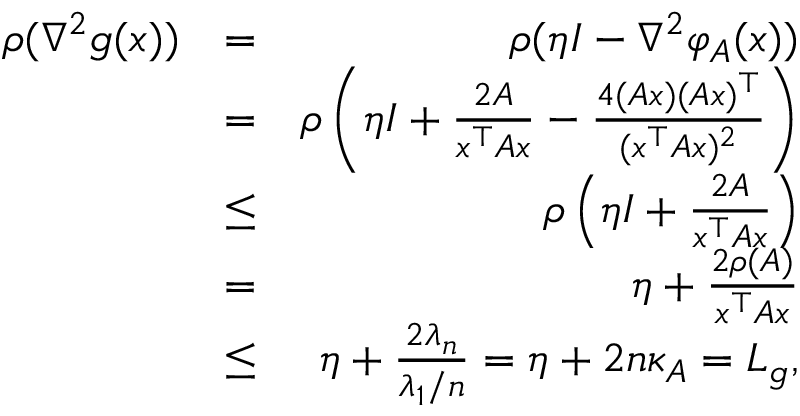
\begin{array} { r l r } { \rho ( \nabla ^ { 2 } g ( x ) ) } & { = } & { \rho ( \eta I - \nabla ^ { 2 } \varphi _ { A } ( x ) ) } \\ & { = } & { \rho \left( \eta I + \frac { 2 A } { x ^ { \top } A x } - \frac { 4 ( A x ) ( A x ) ^ { \top } } { ( x ^ { \top } A x ) ^ { 2 } } \right) } \\ & { \leq } & { \rho \left( \eta I + \frac { 2 A } { x ^ { \top } A x } \right) } \\ & { = } & { \eta + \frac { 2 \rho ( A ) } { x ^ { \top } A x } } \\ & { \leq } & { \eta + \frac { 2 \lambda _ { n } } { \lambda _ { 1 } / n } = \eta + 2 n \kappa _ { A } = L _ { g } , } \end{array}